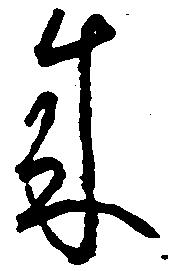
来